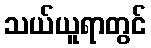
သယ်ယူရာတွင်